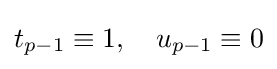
t_{p-1}\equiv 1,\quad u_{p-1}\equiv 0